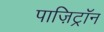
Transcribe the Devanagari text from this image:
पाज़िट्रॉन